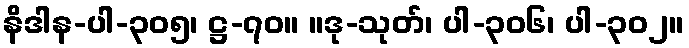
နိဒါန-ပါ-၃၀၅၊ ဋ္ဌ-၇၀။ ။ဒု-သုတ်၊ ပါ-၃၀၆၊ ပါ-၃၀၂။